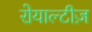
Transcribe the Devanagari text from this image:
रोयाल्टीज़